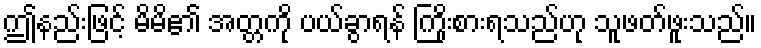
ဤနည်းဖြင့် မိမိ၏ အတ္တကို ပယ်ခွာရန် ကြိုးစားရသည်ဟု သူဖတ်ဖူးသည်။